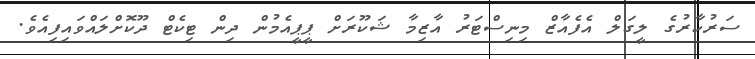
ސަރުކާރުގެ ލީގަލް އެފެއާޒް މިނިސްޓަރު އާޒިމާ ޝަކޫރަށް ޕީޕީއެމުން ދިން ޓިކެޓް ދޫކޮށްލައްވައިފިއެވެ.